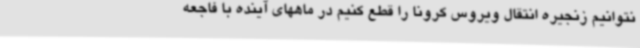
نتوانیم زنجیره انتقال ویروس کرونا را قطع کنیم در ماههای آینده با فاجعه